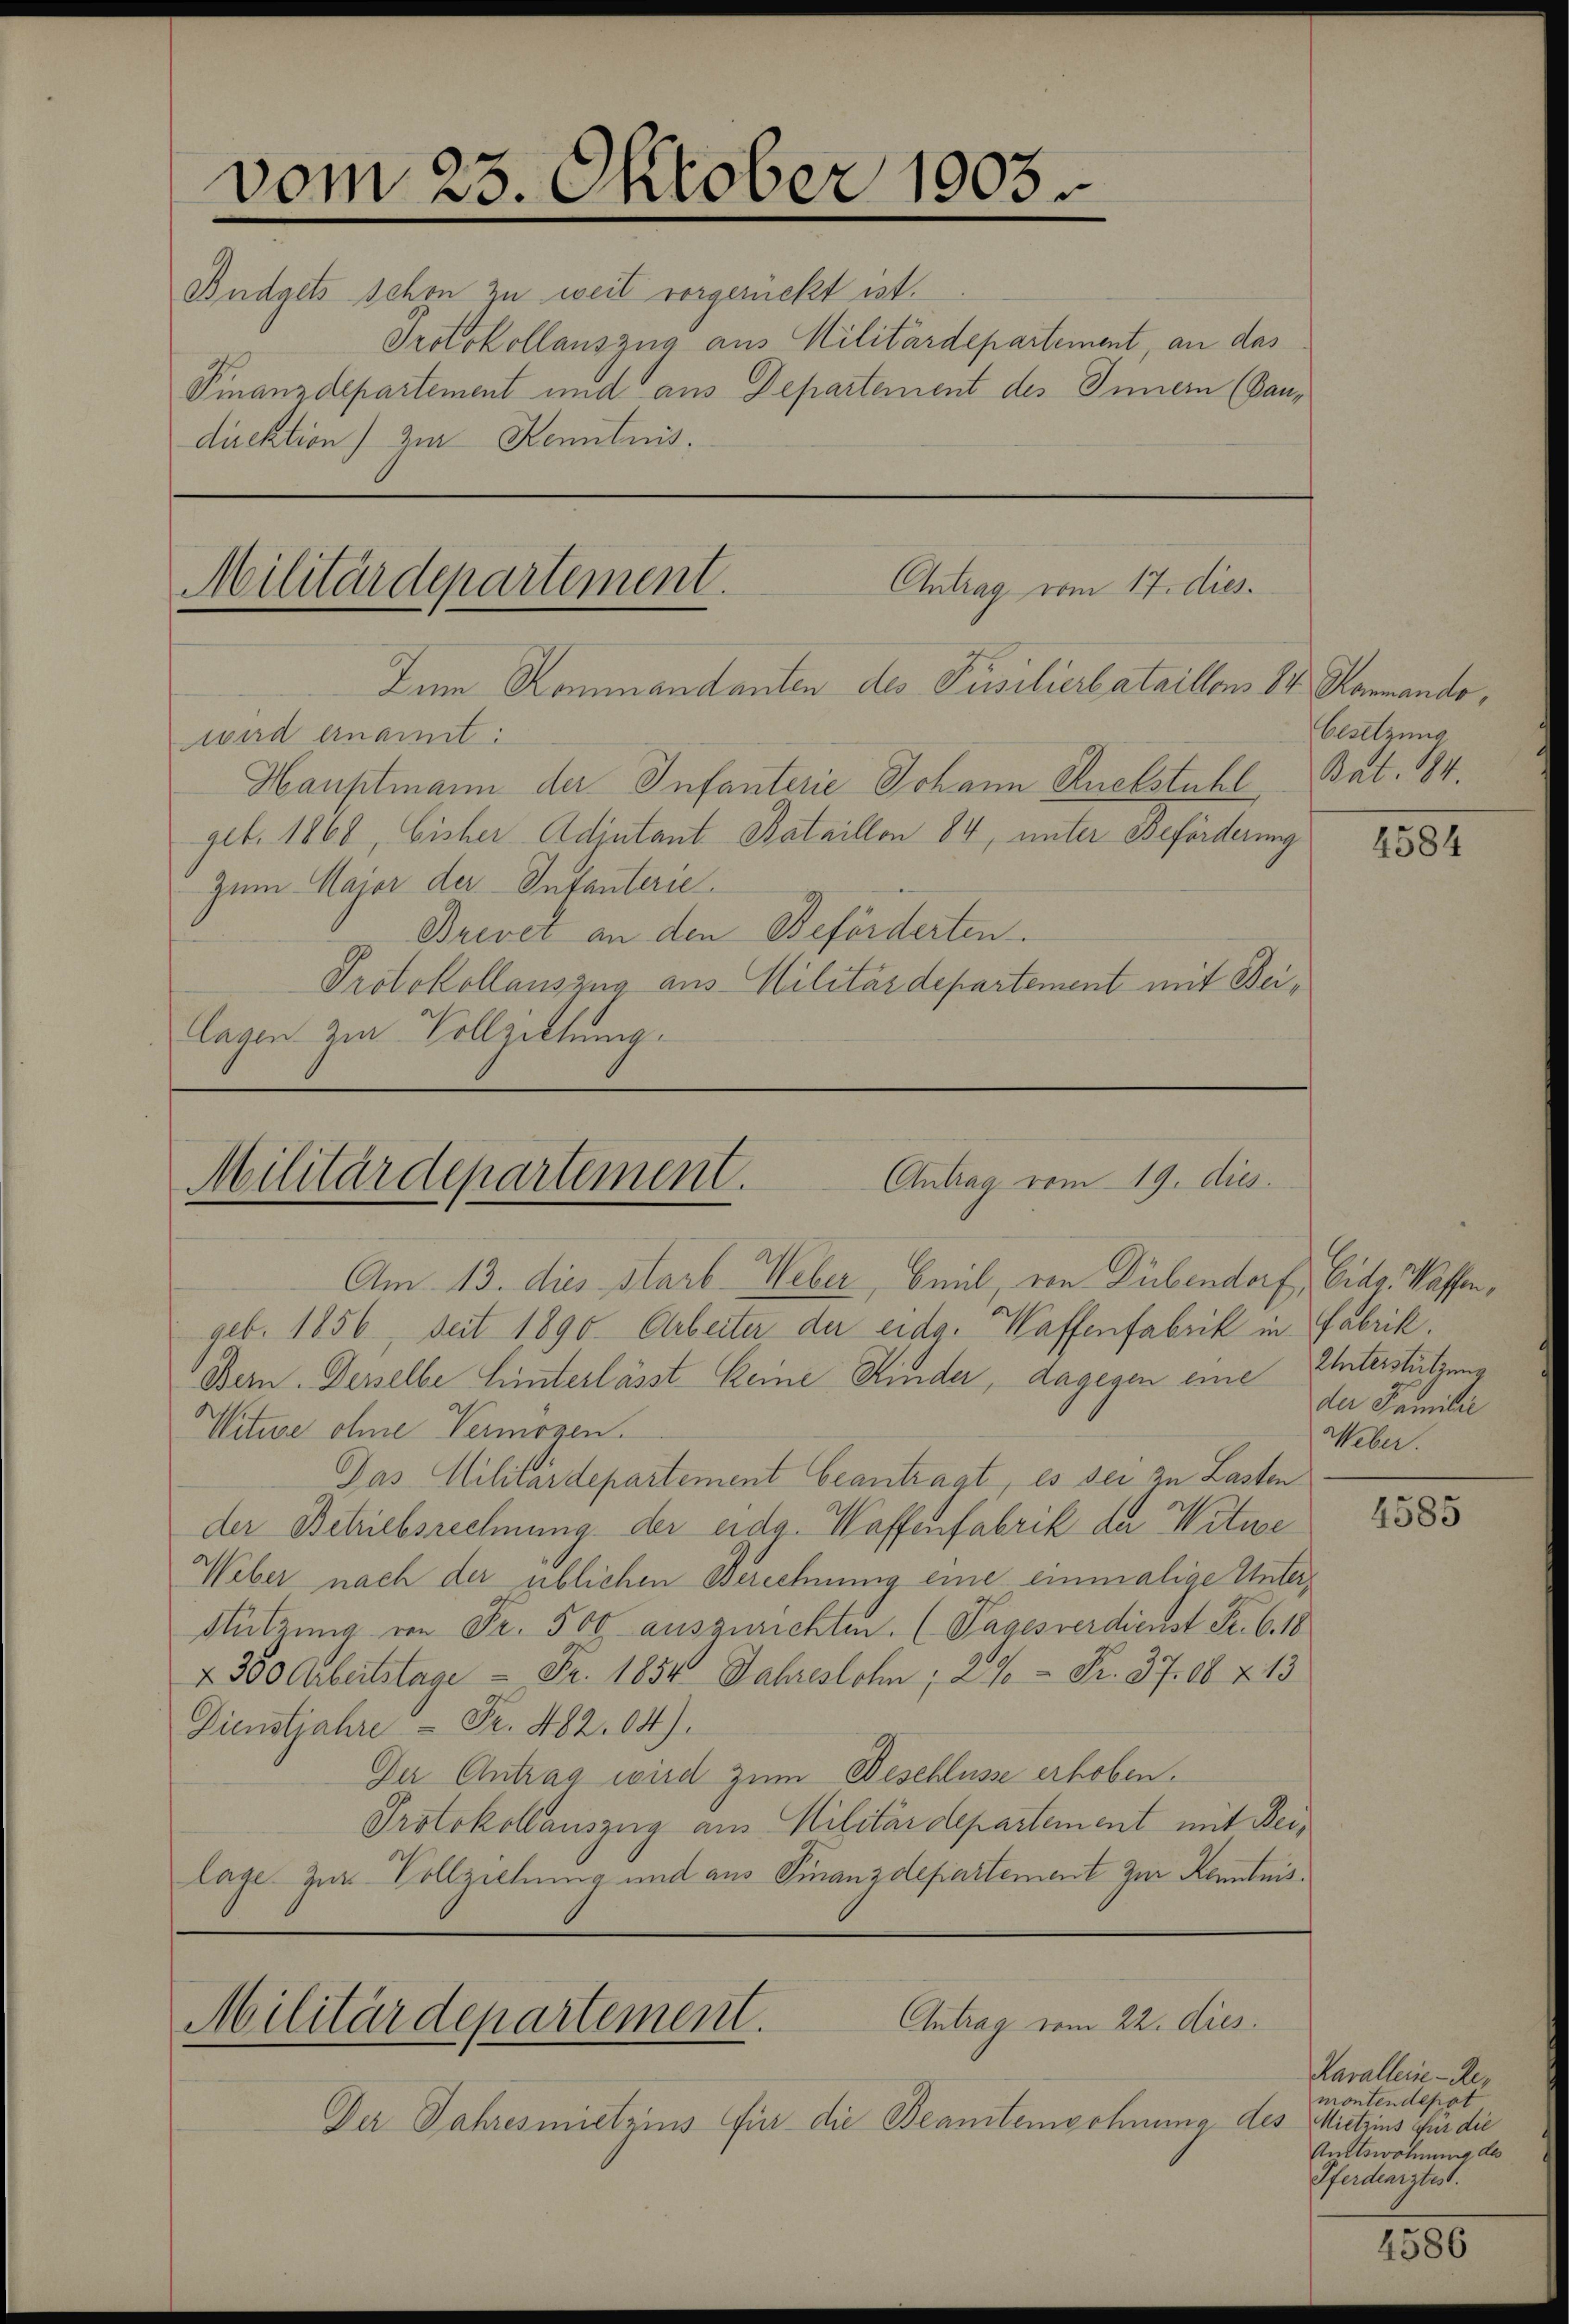
vom 23. Oktober 1903.
Budgets schon zu weit vorgerückt ist.
Protokollauszug aus Militärdepartement, an das
Finanzdepartement und aus Departement des Innern (Bandirektion) zur Kenntnis,

Antrag vom 17. dies
Zum Kommandanten des Pusilierbataillons Dr. Rammandowird ernannt:

Antrag vom 19. dies
Militärdepartement.

Hauptmann der Infanterie Johann Ruckstuhl, Bat. 184.
geb. 1868, bisher Adjutant Bataillon 84, unter Beförderung
Zum Major der Intanterie.
Brevet an den Beförderten.
Protokollauszug aus Militärdepartement mit Beilagen zur Vollziehung.

Militärdepartement.

Am. 13. dies starb Weber, Beil, von Dübendorf, Eidg. Kaffengeb. 1856, seit 1890. Arbeiter der eidg. Waffenfabrik in Fabrik.
Bern. Derselbe hinterlässt keine Kinder, dagegen eine
Witwe ohne Vermögen.
Das Militärdepartement beantragt, es sei zu Lasten
der Betriebsrechnung der eidg. Waffenfabrik der Witwe
Weber nach der üblichen Berechnung eine einmalige Unter¬
Stützung von Fr. 500. ausgerichten. (Tages verdienst Fr. 6. 18
 350 Arbeitstage - Fr. 1854 Jahreslohn, 29 = Fr. 37. 60 & 13
Dienstjahre - Fr. 482. 04).
Der Antrag wird zum Beschlüsse erhoben.
Protokollauszug aus Militärdepartement mit Beilage zur Vollziehung und aus Finanzdepartement zur Kenntnis¬

Antrag vom 22. dies
Militärdepartement.

Der Jahresmietrius für die Beamtenwohnung a

besetzung

4584

Unterstützung
der Familie
Weber.

4585

Kavallerie-Remontendepat
tes Mietzins für die
Amtswohnung des
Pferdearztest.

4586